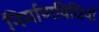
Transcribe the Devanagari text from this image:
निर्माणविधियाँ